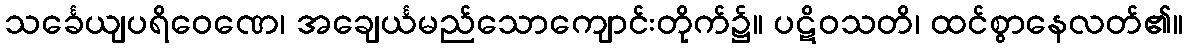
သင်္ခေယျပရိဝေဏေ၊ အချေင်္ယမည်သောကျောင်းတိုက်၌။ ပဋိဝသတိ၊ ထင်စွာနေလတ်၏။